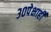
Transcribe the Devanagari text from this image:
३०पेक्षाही